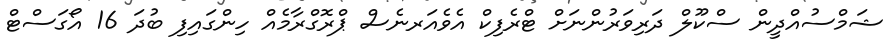
ޝަމްސުއްދީން ސްކޫލް ދަރިވަރުންނަށް ޓްރެފިކް އެވެއަރނެސް ޕްރޮގްރާމެއް ހިންގައިފި ބުދަ 16 އޯގަސްޓް